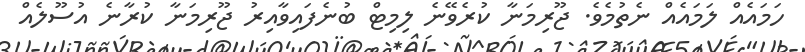
ހަމައެއް ލަމައެއް ނެތުމެވެ. ޖޫރިމަނާ ކުރެވޭނެ ލިމިޓް ބުނެފައިވާއިރު ޖޫރިމަނާ ކުރާނެ އުސޫލެއް